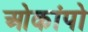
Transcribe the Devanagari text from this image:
ओकांपो